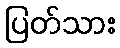
ပြတ်သား